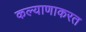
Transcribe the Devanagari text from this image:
कल्याणाकरत